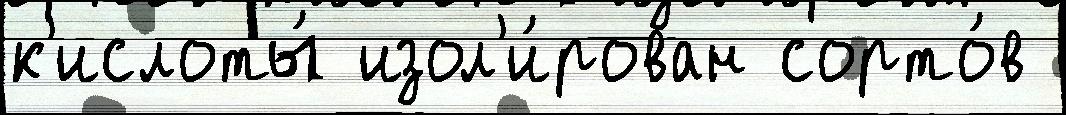
к'ислоты́ изол'и́рован сорто́в